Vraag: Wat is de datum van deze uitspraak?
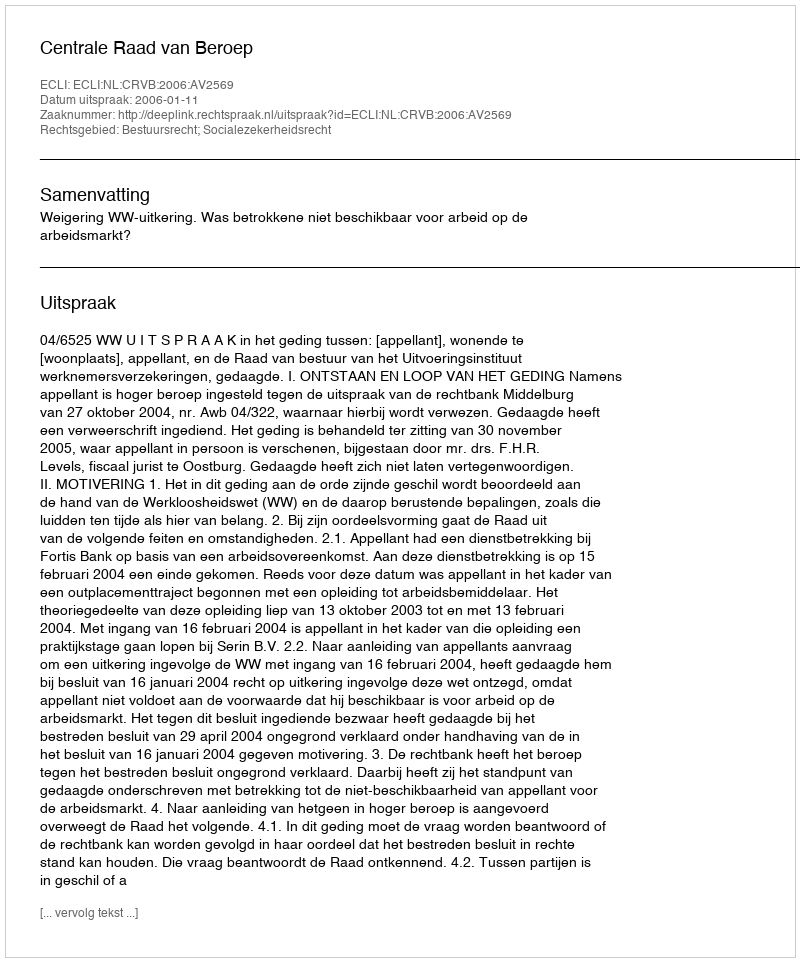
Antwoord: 2006-01-11